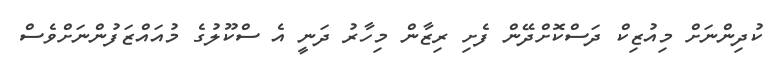
ކުދިންނަށް މިއުޒިކް ދަސްކޮށްދޭން ފެށި ރިޒާން މިހާރު ދަނީ އެ ސްކޫލުގެ މުއައްޒަފުންނަށްވެސް